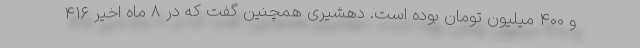
و ۴۰۰ میلیون تومان بوده است. دهشیری همچنین گفت که در ۸ ماه اخیر ۴۱۶